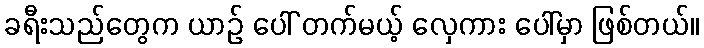
ခရီးသည်တွေက ယာဉ် ပေါ် တက်မယ့် လှေကား ပေါ်မှာ ဖြစ်တယ်။